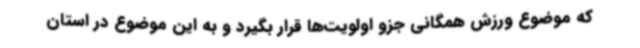
که موضوع ورزش همگانی جزو اولویت‌ها قرار بگیرد و به این موضوع در استان